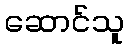
ဆောင်သူ